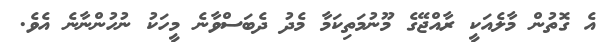
އެ ގޮތުން މާލެއަކީ ރާއްޖޭގެ މޫނުމަތިކަމާ މެދު ދެބަސްވާނެ މީހަކު ނުހުންނާނެ އެވެ.